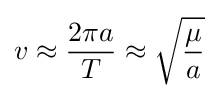
v\approx {2\pi a \over T}\approx {\sqrt {\mu  \over a}}